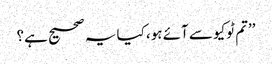
’’تم ٹوکیو سے آئے ہو، کیا یہ صحیح ہے؟